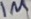
Text: 1µ